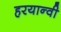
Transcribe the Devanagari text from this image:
हरयान्वी